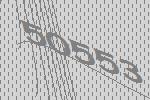
50553